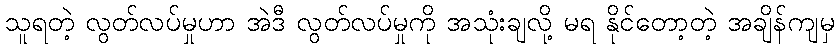
သူရတဲ့ လွတ်လပ်မှုဟာ အဲဒီ လွတ်လပ်မှုကို အသုံးချလို့ မရ နိုင်တော့တဲ့ အချိန်ကျမှ